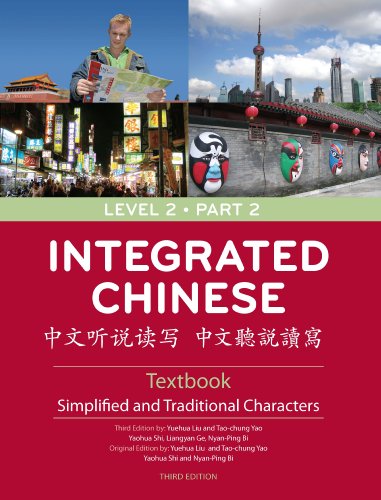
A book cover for Integrated Chinese: Level 2 Part 2 Textbook (Chinese Edition); Yuehua Liu; Reference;